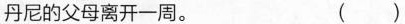
丹尼的父母离开一周. ( )